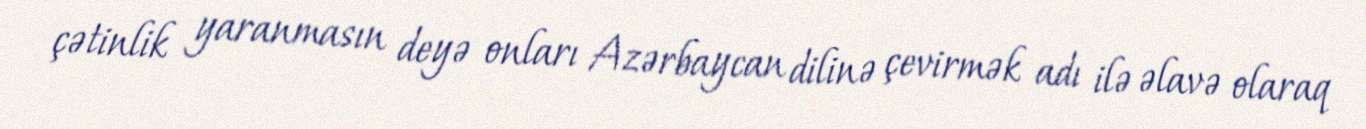
çətinlik yaranmasın deyə onları Azərbaycan dilinə çevirmək adı ilə əlavə olaraq